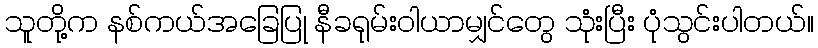
သူတို့က နစ်ကယ်အခြေပြု နီခရုမ်းဝါယာမျှင်တွေ သုံးပြီး ပုံသွင်းပါတယ်။